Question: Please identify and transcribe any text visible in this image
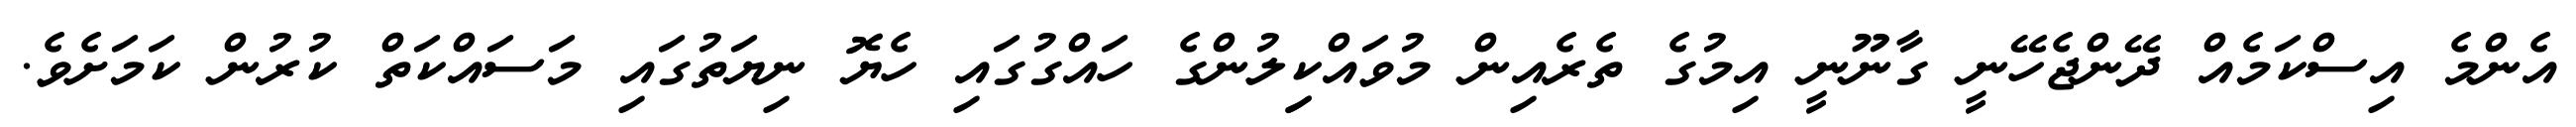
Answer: އެންމެ އިސްކަމެއް ދޭންޖެހޭނީ ގާނޫނީ އިމުގެ ތެރެއިން މުވައްކިިލުންގެ ހައްގުގައި ހެޔޮ ނިޔަތުގައި މަސައްކަތް ކުރުން ކަމަށެވެ.